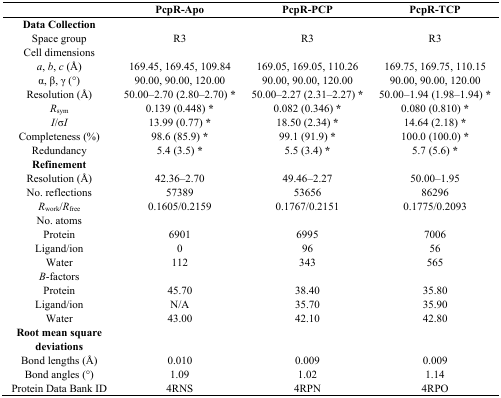
<table><thead><tr><td></td><td><b>PcpR-Apo</b></td><td><b>PcpR-PCP</b></td><td><b>PcpR-TCP</b></td></tr></thead><tbody><tr><td><b>Data Collection</b></td><td></td><td></td><td></td></tr><tr><td>Space group</td><td>R3</td><td>R3</td><td>R3</td></tr><tr><td>Cell dimensions</td><td></td><td></td><td></td></tr><tr><td><i>a</i>, <i>b</i>, <i>c</i> (Å)</td><td>169.45, 169.45, 109.84</td><td>169.05, 169.05, 110.26</td><td>169.75, 169.75, 110.15</td></tr><tr><td>α, β, γ (°) </td><td>90.00, 90.00, 120.00</td><td>90.00, 90.00, 120.00</td><td>90.00, 90.00, 120.00</td></tr><tr><td>Resolution (Å)</td><td>50.00–2.70 (2.80–2.70) <b>*</b></td><td>50.00–2.27 (2.31–2.27) <b>*</b></td><td>50.00–1.94 (1.98–1.94) <b>*</b></td></tr><tr><td><i>R</i><sub>sym</sub></td><td>0.139 (0.448) <b>*</b></td><td>0.082 (0.346) <b>*</b></td><td>0.080 (0.810) <b>*</b></td></tr><tr><td><i>I</i>/σ<i>I</i></td><td>13.99 (0.77) <b>*</b></td><td>18.50 (2.34) <b>*</b></td><td>14.64 (2.18) <b>*</b></td></tr><tr><td>Completeness (%)</td><td>98.6 (85.9) <b>*</b></td><td>99.1 (91.9) <b>*</b></td><td>100.0 (100.0) <b>*</b></td></tr><tr><td>Redundancy</td><td>5.4 (3.5) <b>*</b></td><td>5.5 (3.4) <b>*</b></td><td>5.7 (5.6) <b>*</b></td></tr><tr><td><b>Refinement</b></td><td></td><td></td><td></td></tr><tr><td>Resolution (Å)</td><td>42.36–2.70</td><td>49.46–2.27</td><td>50.00–1.95</td></tr><tr><td>No. reflections</td><td>57389</td><td>53656</td><td>86296</td></tr><tr><td><i>R</i><sub>work</sub>/<i>R</i><sub>free</sub></td><td>0.1605/0.2159</td><td>0.1767/0.2151</td><td>0.1775/0.2093</td></tr><tr><td>No. atoms</td><td></td><td></td><td></td></tr><tr><td>Protein</td><td>6901</td><td>6995</td><td>7006</td></tr><tr><td>Ligand/ion</td><td>0</td><td>96</td><td>56</td></tr><tr><td>Water</td><td>112</td><td>343</td><td>565</td></tr><tr><td><i>B</i>-factors</td><td></td><td></td><td></td></tr><tr><td>Protein</td><td>45.70</td><td>38.40</td><td>35.80</td></tr><tr><td>Ligand/ion</td><td>N/A</td><td>35.70</td><td>35.90</td></tr><tr><td>Water</td><td>43.00</td><td>42.10</td><td>42.80</td></tr><tr><td><b>Root mean square deviations</b></td><td></td><td></td><td></td></tr><tr><td>Bond lengths (Å)</td><td>0.010</td><td>0.009</td><td>0.009</td></tr><tr><td>Bond angles (°)</td><td>1.09</td><td>1.02</td><td>1.14</td></tr><tr><td>Protein Data Bank ID</td><td>4RNS</td><td>4RPN</td><td>4RPO</td></tr></tbody></table>